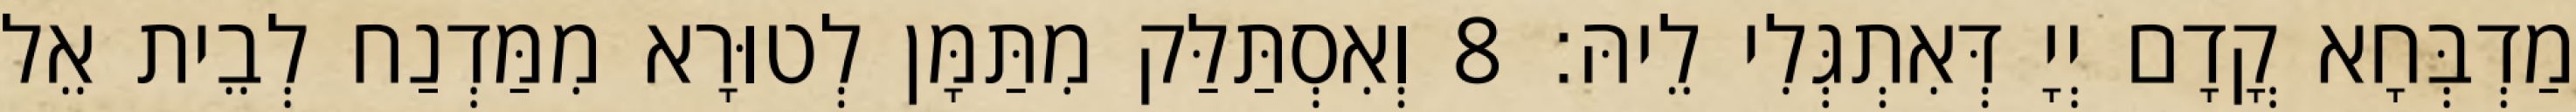
מַדְבְּחָא קֳדָם יְיָ דְּאִתְגְּלִי לֵיהּ׃ 8 וְאִסְתַּלַּק מִתַּמָּן לְטוּרָא מִמַּדְנַח לְבֵית אֵל